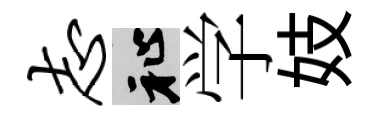
志祉学妓